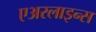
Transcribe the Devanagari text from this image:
एअरलाइन्‍स